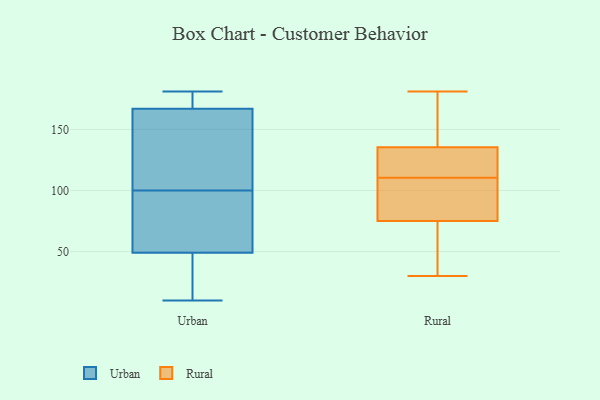
{"axis": {"x": "Operating Costs (USD K)", "y": "Value"}, "legend": ["Rural", "Urban"], "data": [{"x": "", "y": 54, "type": "Urban"}, {"x": "", "y": 12, "type": "Urban"}, {"x": "", "y": 181, "type": "Urban"}, {"x": "", "y": 34, "type": "Urban"}, {"x": "", "y": 145, "type": "Urban"}, {"x": "", "y": 155, "type": "Urban"}, {"x": "", "y": 61, "type": "Urban"}, {"x": "", "y": 179, "type": "Urban"}, {"x": "", "y": 180, "type": "Urban"}, {"x": "", "y": 163, "type": "Urban"}, {"x": "", "y": 100, "type": "Urban"}, {"x": "", "y": 10, "type": "Urban"}, {"x": "", "y": 90, "type": "Urban"}, {"x": "", "y": 106, "type": "Rural"}, {"x": "", "y": 30, "type": "Rural"}, {"x": "", "y": 127, "type": "Rural"}, {"x": "", "y": 59, "type": "Rural"}, {"x": "", "y": 144, "type": "Rural"}, {"x": "", "y": 179, "type": "Rural"}, {"x": "", "y": 107, "type": "Rural"}, {"x": "", "y": 88, "type": "Rural"}, {"x": "", "y": 117, "type": "Rural"}, {"x": "", "y": 62, "type": "Rural"}, {"x": "", "y": 114, "type": "Rural"}, {"x": "", "y": 181, "type": "Rural"}]}